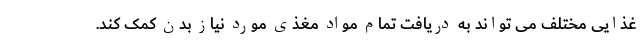
غذایی مختلف می تواند به دریافت تمام مواد مغذی مورد نیاز بدن کمک کند.